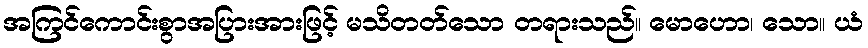
အကြင်ကောင်းစွာအပြားအားဖြင့် မသိတတ်သော တရားသည်။ မောဟော၊ သော။ ယံ